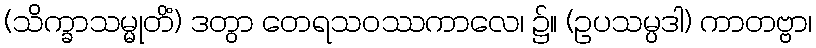
(သိက္ခာသမ္မုတိံ) ဒတွာ တေရသဝဿကာလေ၊ ၌။ (ဥပသမ္ပဒါ) ကာတဗ္ဗာ၊